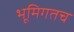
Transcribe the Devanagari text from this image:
भूमिगतच